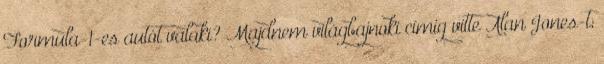
Formula-1-es autót valaki? Majdnem világbajnoki címig vitte Alan Jones-t,